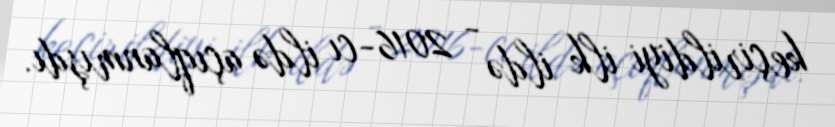
keçirildiyi ilk ildə - 2016-cı ildə açıqlanmışdı.